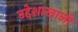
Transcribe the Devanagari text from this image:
उद्देशाखाली